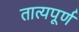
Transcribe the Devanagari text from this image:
तात्यपूर्ण